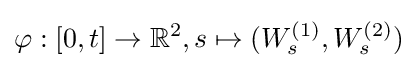
\varphi :[0,t]\to \mathbb {R} ^{2},s\mapsto (W_{s}^{(1)},W_{s}^{(2)})